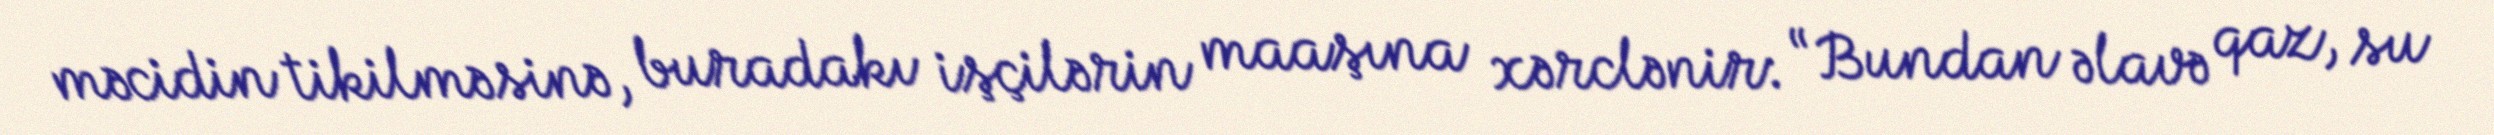
məcidin tikilməsinə, buradakı işçilərin maaşına xərclənir: “Bundan əlavə qaz, su